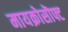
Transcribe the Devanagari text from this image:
मायक्रोसॊफ्ट